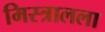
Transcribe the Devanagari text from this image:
मिस्त्रालला